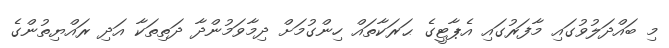
މި ބައްދަލުވުގައި މާފަރުގައި އެޕާޓީގެ ޙަރަކާތައް ހިންގުމަށް ދިމާވަމުންދާ ދަތިތަކާ އަދި ރައްޔިތުންގެ